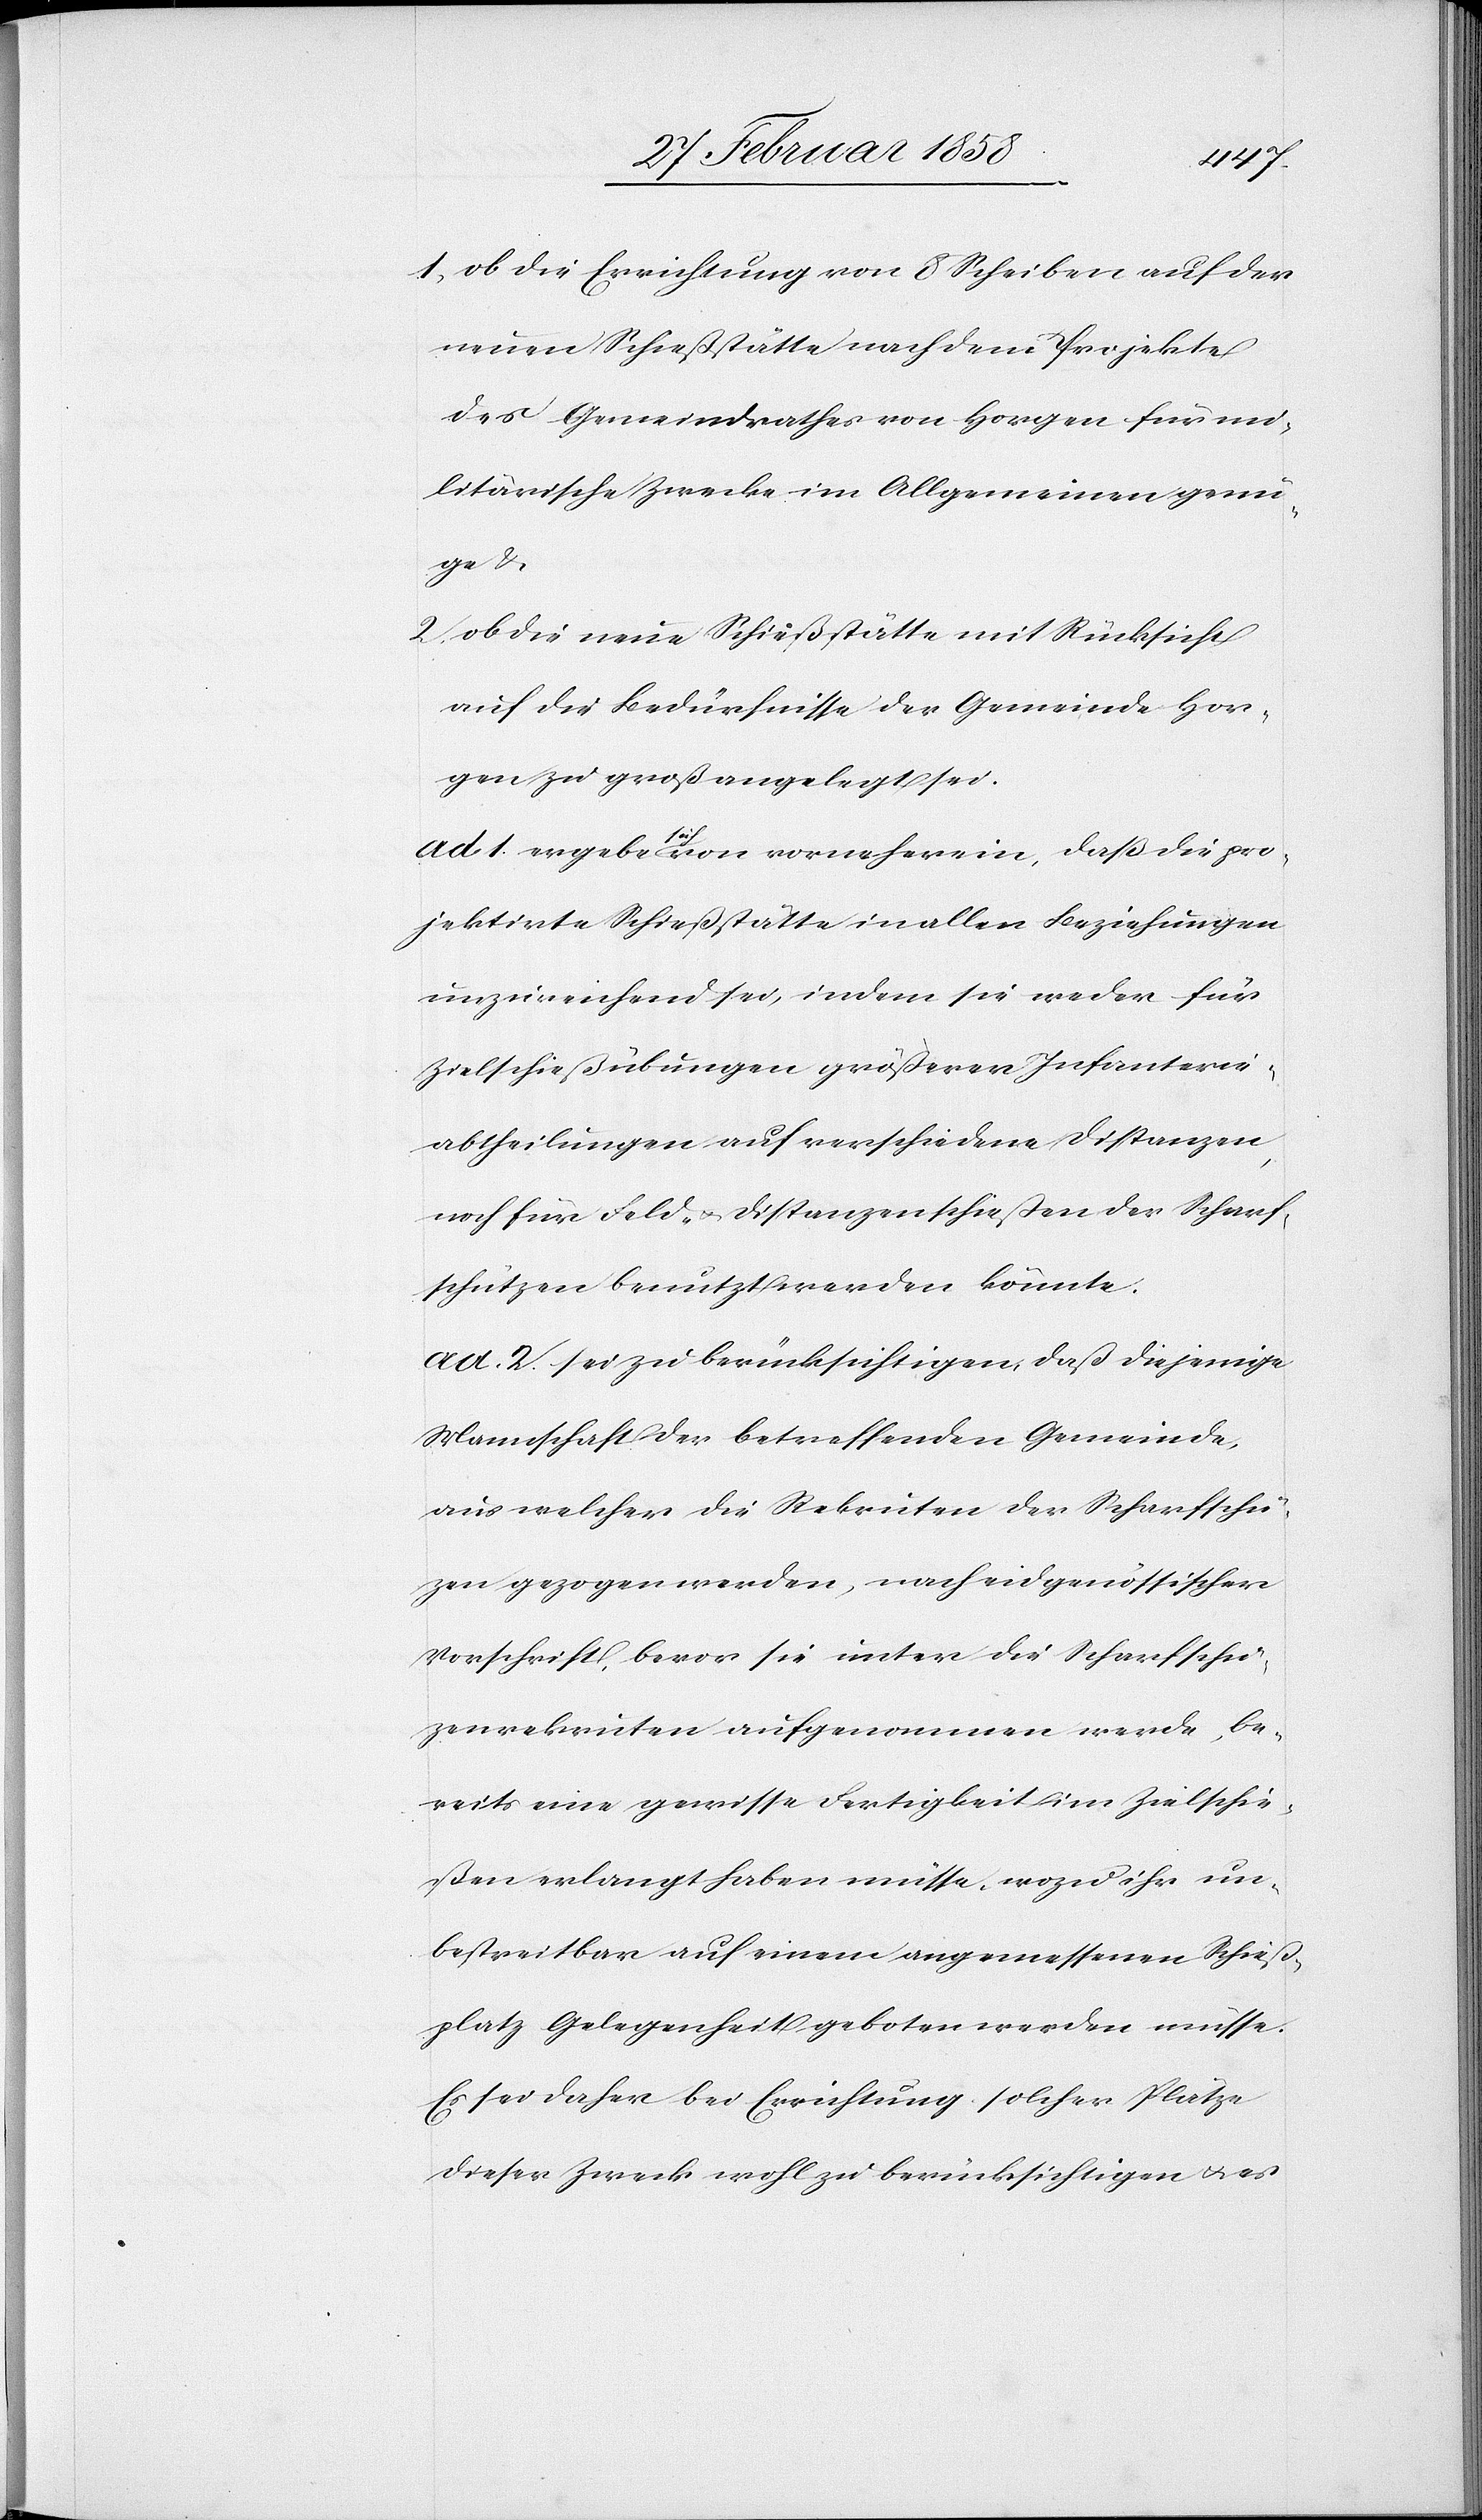
1. ob die Errichtung von 8 Scheiben auf der
neuen Schießstätte nach dem Projekte
des Gemeindrathes von Horgen für mi¬
litärische Zwecke im Allgemeinen genü¬
ge &
2. ob die neue Schießstätte mit Rücksicht
auf die Bedürfnisse der Gemeinde Hor¬
gen zu groß angelegt sei.
ad 1. ergebe sich von vorneherein, daß die pro¬
jektirte Schießstätte in allen Beziehungen
unzureichend sei, indem sie weder für
Zielschießübungen größerer Infanterie¬
abtheilungen auf verschiedene Distanzen,
noch für Feld- u. Distanzenschießen der Scharf¬
schützen benutzt werden könnte.
ad. 2. sei zu berücksichtigen, daß diejenige
Mannschaft der betreffenden Gemeinde,
aus welcher die Rekruten der Scharfschüt¬
zen gezogen werden, nach eidgenössischer
Vorschrift, bevor sie unter die Scharfschüt¬
zenrekruten aufgenommen werde, be¬
reits eine gewisse Fertigkeit im Zielschie¬
ßen erlangt haben müsse, wozu ihr un¬
bestreitbar auf einem angemessenen Schieß¬
platz Gelegenheit geboten werden müsse.
Es sei daher bei Errichtung solcher Plätze
dieser Zweck wohl zu berücksichtigen u. es